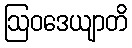
ဩဝဒေယျာတိ